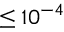
\leq 1 0 ^ { - 4 }